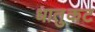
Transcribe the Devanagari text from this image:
धातुकट